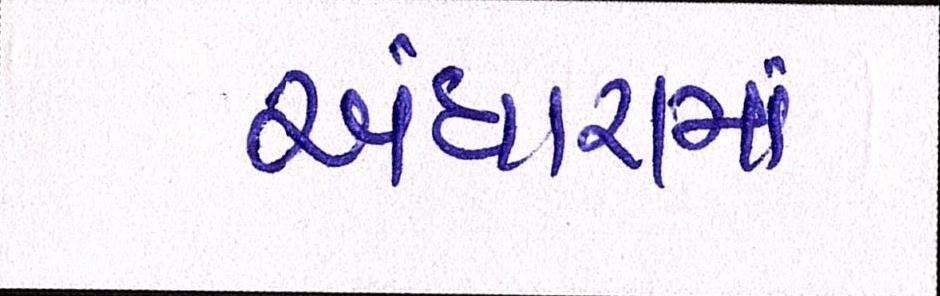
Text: અંધારામાં